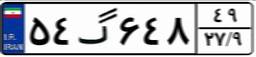
۹۱گ۵۰۱۰۴